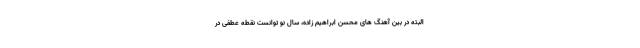
البته در بین آهنگ های محسن ابراهیم زاده، سال نو توانست نقطه عطفی در